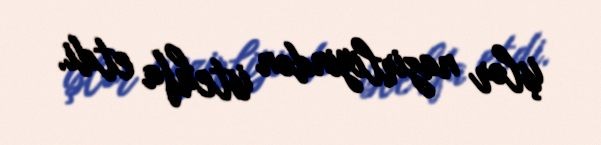
işlər nazirliyindən istehfa etdi.